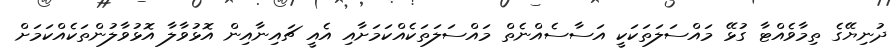
ދުނިޔޭގެ ތިމާވެއްޓާ ގުޅޭ މައްސަލަތަކަކީ އަސާސެއްނެތް މައްސަލަތަކެއްކަމަށާއި އެއީ ޗައިނާއިން އޮޅުވާލާ އޮޅުވާލުންތަކެއްކަމަށް